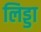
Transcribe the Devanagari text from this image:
लिड्डा